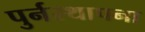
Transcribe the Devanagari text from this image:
पुर्नस्‍थापना